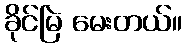
ခိုင်မြဲ မေးတယ်။